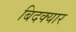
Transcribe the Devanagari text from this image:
बिदक्यार